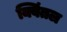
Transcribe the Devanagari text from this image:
क्विंतल